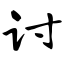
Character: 讨